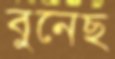
বুনেছ